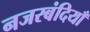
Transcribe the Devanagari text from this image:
नजरबंदियाँ